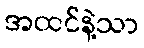
အထင်နဲ့သာ